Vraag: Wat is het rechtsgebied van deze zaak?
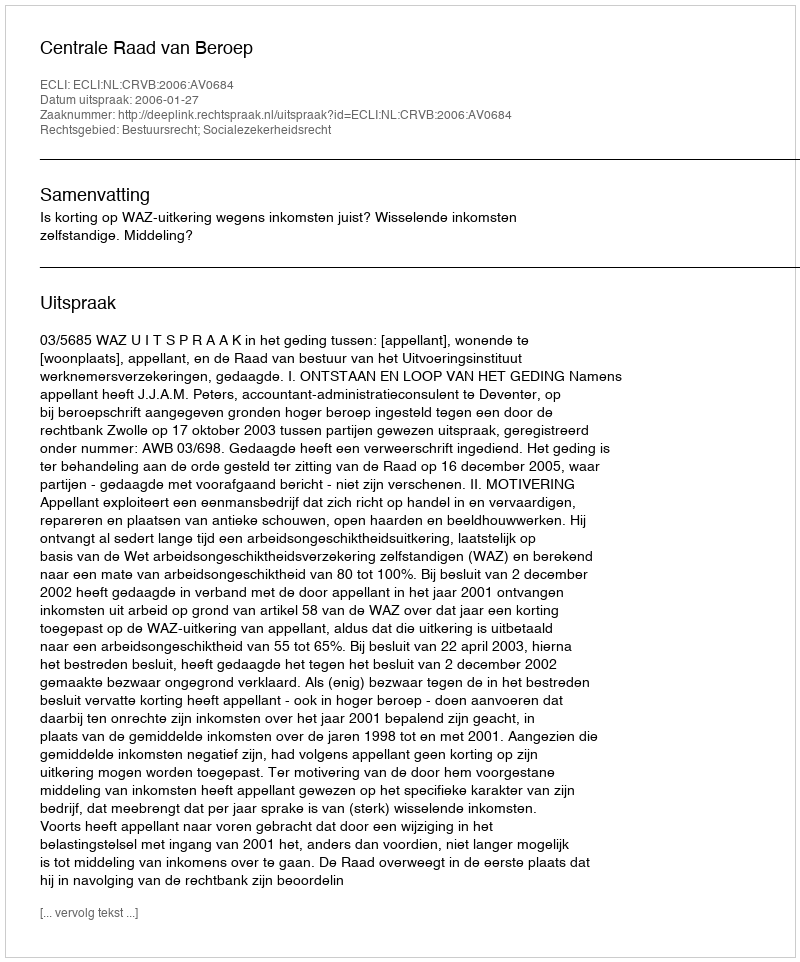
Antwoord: Bestuursrecht; Socialezekerheidsrecht